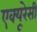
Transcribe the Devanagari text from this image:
एक्‍यूरेसी